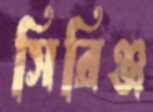
সিরিঞ্জ